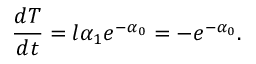
\frac { d T } { d t } = l \alpha _ { 1 } e ^ { - \alpha _ { 0 } } = - e ^ { - \alpha _ { 0 } } .